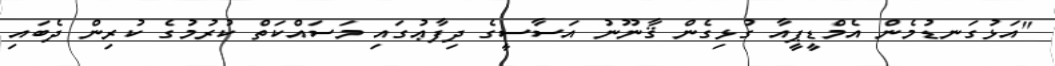
"އަޅުގަނޑުމެން އެމްޑީޕީއާ ގުޅިގެން ޤާނޫނު އަސާސީގެ ދިފާޢުގައި މަސައްކަތް ކުރުމުގެ ކުރިން ދެބައި